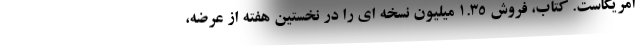
امریکاست. کتاب، فروش 1.35 میلیون نسخه ای را در نخستین هفته از عرضه،